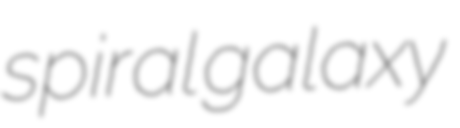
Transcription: spiral galaxy